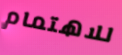
للاهتمام